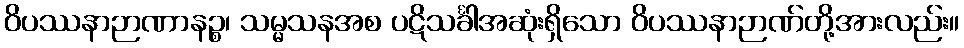
ဝိပဿနာဉာဏာနဉ္စ၊ သမ္မသနအစ ပဋိသင်္ခါအဆုံးရှိသော ဝိပဿနာဉာဏ်တို့အားလည်း။